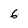
Character: 6